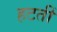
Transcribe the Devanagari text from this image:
हटतीं